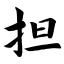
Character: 担